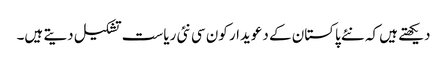
دیکھتے ہیں کہ نئے پاکستان کے دعویدار کون سی نئی ریاست تشکیل دیتے ہیں۔